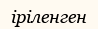
іріленген